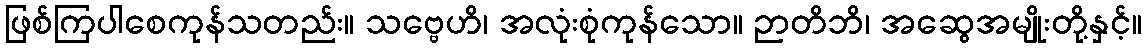
ဖြစ်ကြပါစေကုန်သတည်း။ သဗ္ဗေဟိ၊ အလုံးစုံကုန်သော။ ဉာတိဘိ၊ အဆွေအမျိုးတို့နှင့်။